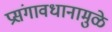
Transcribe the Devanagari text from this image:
प्रसंगावधानामुळे